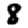
Digit: 8